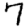
Digit: 7